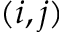
( i , j )